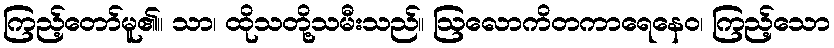
ကြည့်တော်မူ၏။ သာ၊ ထိုသတို့သမီးသည်။ ဩလောကိတကာရေနေဝ၊ ကြည့်သော